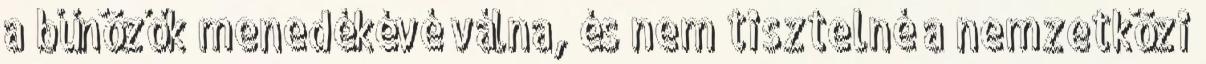
a bűnözők menedékévé válna, és nem tisztelné a nemzetközi